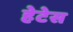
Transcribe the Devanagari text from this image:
हेटेस